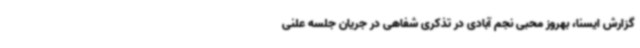
گزارش ایسنا، بهروز محبی نجم آبادی در تذکری شفاهی در جریان جلسه علنی